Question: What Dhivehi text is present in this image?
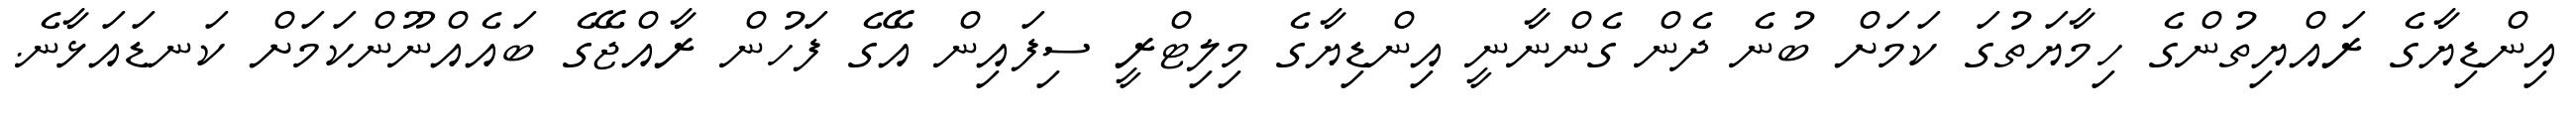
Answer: އިންޑިޔާގެ ރައްޔިތުންގެ ހިމާޔަތުގަ ކަމަށް ބުނެ ދެން ގެންނާނީ އިންޑިޔާގެ މިލިޓްރީ ސިފައިން އޭގެ ފަހުން ރާއްޖޭގެ ބައެއްނޫންކަމަށް ކަނޑައަޅާނެ.